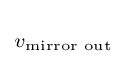
\scriptstyle v_{\text{mirror out}}